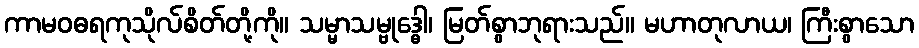
ကာမဝဓရကုသိုလ်စိတ်တို့ကို။ သမ္မာသမ္ဗုဒ္ဓေါ၊ မြတ်စွာဘုရားသည်။ မဟာတုလာယ၊ ကြီးစွာသော